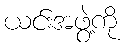
ယင်းအဖွဲ့ကို